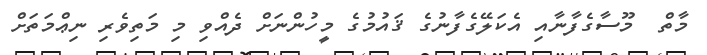
މާތް  މޫސާގެފާނާއި އެކަލޭގެފާނުގެ ޤައުމުގެ މީހުންނަށް ދެއްވި މި މަތިވެރި ނިޢްމަތަށް